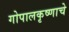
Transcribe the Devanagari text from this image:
गोपालकृष्णाचे